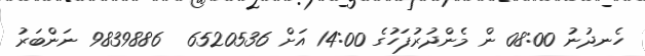
ހެނދުނު 08:00 ން މެންދުރުފަހުގެ 14:00 އަށް 6520536  9839886 ނަންބަރު